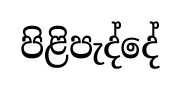
පිළිපැද්දේ